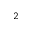
^ 2